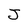
Character: J